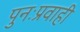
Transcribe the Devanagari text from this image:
पुनःप्रवाही